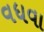
વધવા